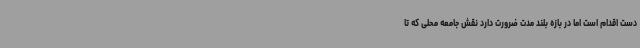
دست اقدام است اما در بازه بلند مدت ضرورت دارد نقش جامعه محلی که تا